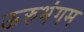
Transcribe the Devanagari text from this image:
ऊरुभंगम